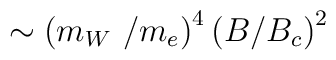
\sim \left( m_{W}\, \, /m_{e}\right) ^{4}\left( B/B_{c}\right) ^{2}